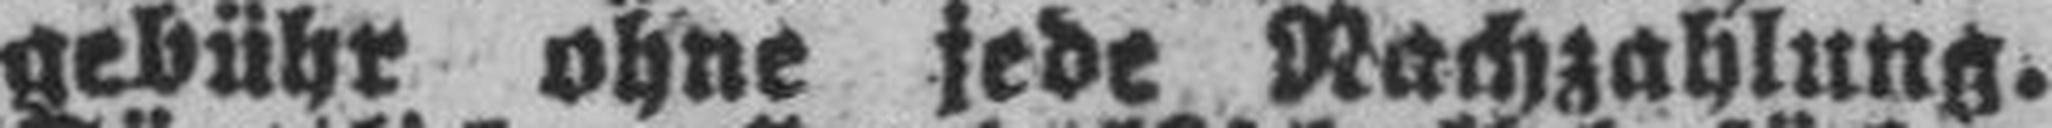
gebühr ohne jede Nachzahlung.